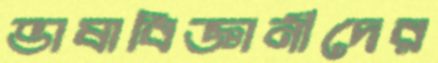
ভাষাবিজ্ঞানীদের